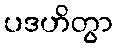
ပဒဟိတွာ